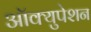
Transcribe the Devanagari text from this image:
ऑक्युपेशन